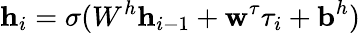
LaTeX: \textbf{h}_{i}=\sigma(W^{h}\textbf{h}_{i-1}+\textbf{w}^{\tau}\tau_{i}+\textbf{b}^{h})